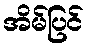
အိမ်ပြင်